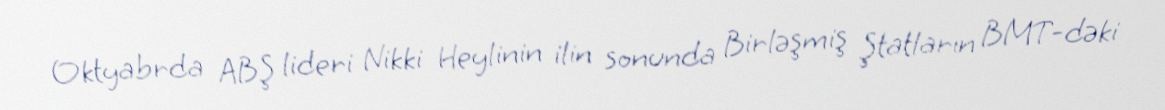
Oktyabrda ABŞ lideri Nikki Heylinin ilin sonunda Birləşmiş Ştatların BMT-dəki